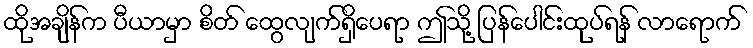
ထိုအချိန်က ပီယာမှာ စိတ် ထွေလျက်ရှိပေရာ ဤသို့ ပြန်ပေါင်းထုပ်ရန် လာရောက်